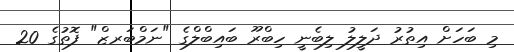
މި ބަހަށް އިތުރު ދަލީލު ލިބެނީ ހިބްރޫ ބައިބްލްގެ "ނަމްބަރޒް" ފޮތުގެ 20